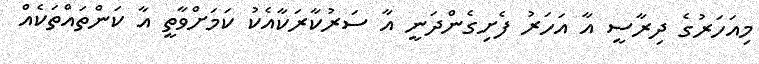
މިއަހަރުގެ ދިރާސީ އާ އަހަރު ފެށިގެންދަނީ އާ ސަރުކާރަކާއެކު ކަމަށްވާތީ އާ ކަންތައްތަކެއް